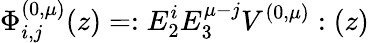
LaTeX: \Phi_{i,j}^{(0,\mu)}(z)=:E_{2}^{i}E_{3}^{\mu-j}V^{(0,\mu)}:(z)